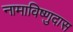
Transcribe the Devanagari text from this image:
नामाविष्णुदास